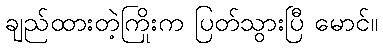
ချည်ထားတဲ့ကြိုးက ပြတ်သွားပြီ မောင်။